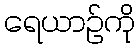
ရေယာဉ်ကို